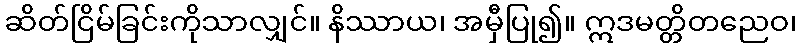
ဆိတ်ငြိမ်ခြင်းကိုသာလျှင်။ နိဿာယ၊ အမှီပြု၍။ ဣဒမတ္တိတညေဝ၊